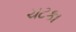
ચટકા